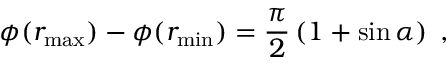
\phi ( r _ { \operatorname * { m a x } } ) - \phi ( r _ { \operatorname * { m i n } } ) = \frac { \pi } { 2 } \left( 1 + \sin \alpha \right) \; ,